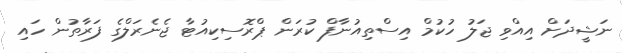
ނަޝީދަށް އިއްވި ޖަލު ހުކުމް އިސްތިއުނާފް ކުރަން ޕްރޮސިކިއުޓާ ޖެނެރަލްގެ ފަރާތުން ހައި